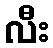
လီး